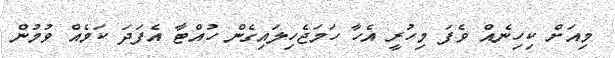
މިއަށް ކިހިނެއް ވެފަ މިހުރީ އެހާ ހަމަޖެހިލައިގެން ހުއްޓާ އެފަދަ ކަމެއް ވުމުން